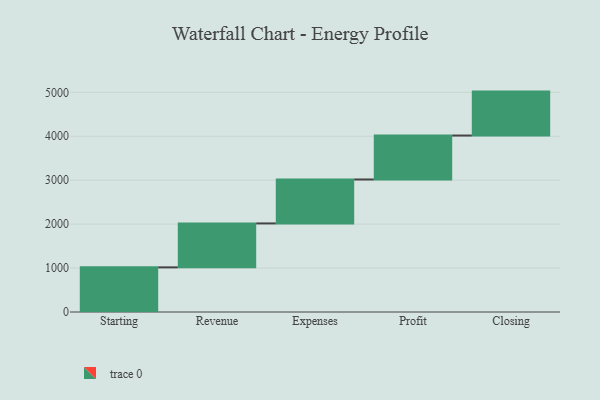
{"axis": {"x": "Step", "y": "Value"}, "legend": [""], "data": [{"x": "Starting", "y": 1016.0, "type": ""}, {"x": "Revenue", "y": 1000, "type": ""}, {"x": "Expenses", "y": 1000, "type": ""}, {"x": "Profit", "y": 1000, "type": ""}, {"x": "Closing", "y": 1000, "type": ""}]}